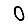
Digit: 0